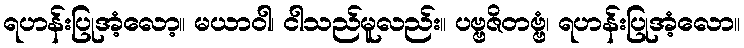
ရဟန်းပြုအံ့လော့။ မယာဝါ၊ ငါသည်မူလည်း။ ပဗ္ဗဇိတဗ္ဗံ၊ ရဟန်းပြုအံ့လော။